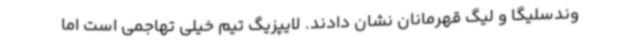
وندسلیگا و لیگ قهرمانان نشان دادند. لایپزیگ تیم خیلی تهاجمی است اما